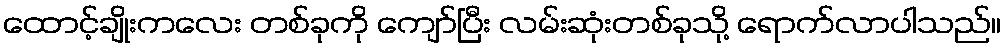
ထောင့်ချိုးကလေး တစ်ခုကို ကျော်ပြီး လမ်းဆုံးတစ်ခုသို့ ရောက်လာပါသည်။